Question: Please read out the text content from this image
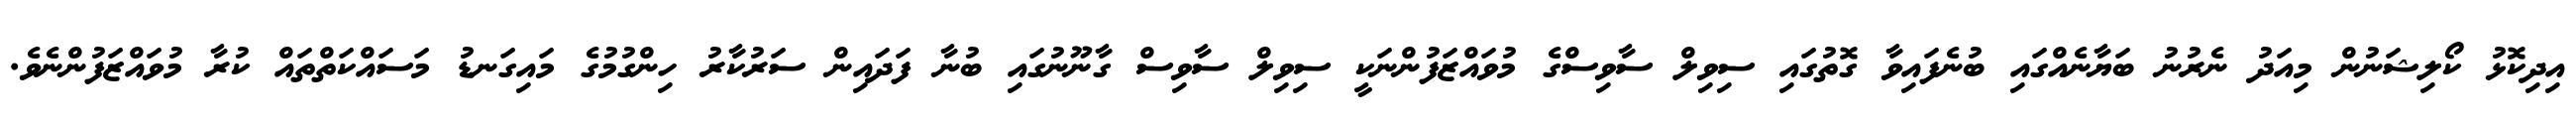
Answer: އިދިކޮޅު ކޯލިޝަނުން މިއަދު ނެރުނު ބަޔާނެއްގައި ބުނެފައިވާ ގޮތުގައި ސިވިލް ސާވިސްގެ މުވައްޒަފުންނަކީ ސިވިލް ސާވިސް ގާނޫނުގައި ބުނާ ފަދައިން ސަރުކާރު ހިންގުމުގެ މައިގަނޑު މަސައްކަތްތައް ކުރާ މުވައްޒަފުންނެވެ.